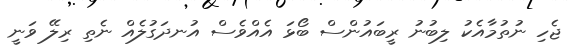
ޖެހި ނުތުމާއެކު ލިބުނު ރީބައުންސް ބޯޅަ އެއްވެސް އުނދަގުލެއް ނެތި ރިލޭ ވަނީ